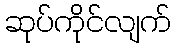
ဆုပ်ကိုင်လျက်